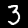
Digit: 3